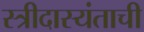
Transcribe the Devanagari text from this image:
स्त्रीदास्यंताची